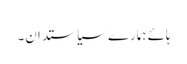
ہائے ہمارے سیاستدان۔